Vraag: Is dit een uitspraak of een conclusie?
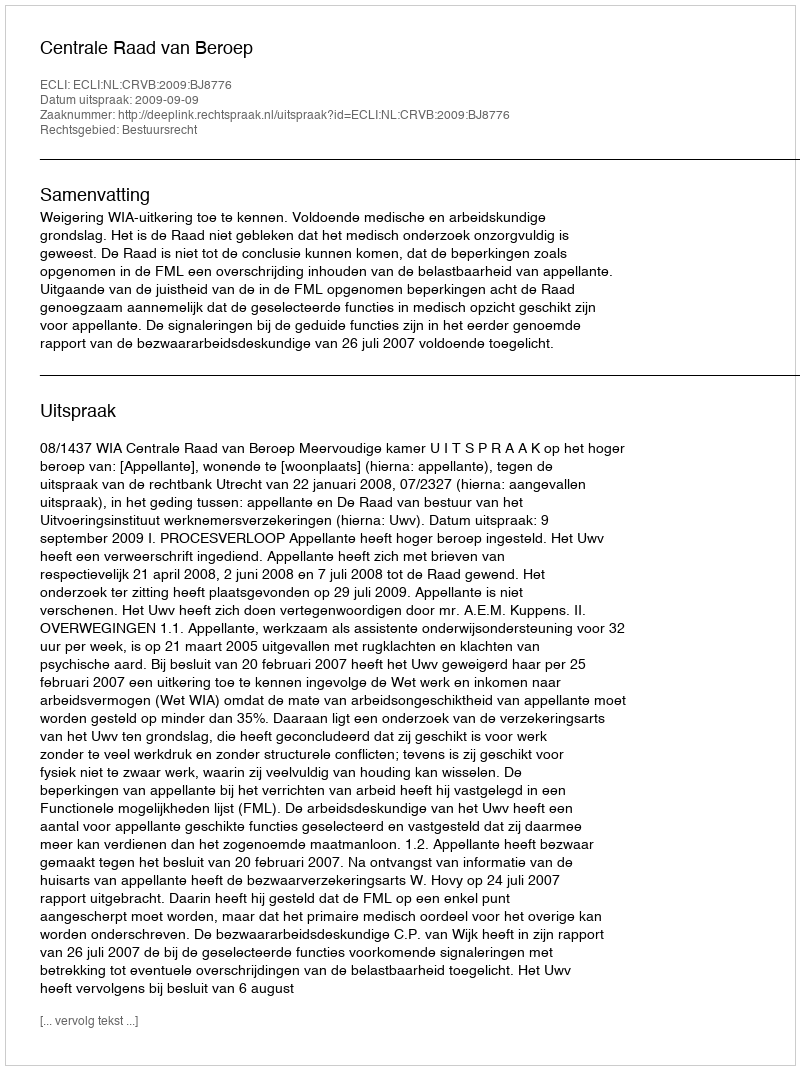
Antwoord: Uitspraak